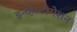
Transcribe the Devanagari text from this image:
इन्व्हेस्टीगेशन